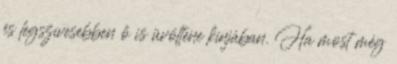
és legszívesebben ő is üvöltene kínjában. Ha most még